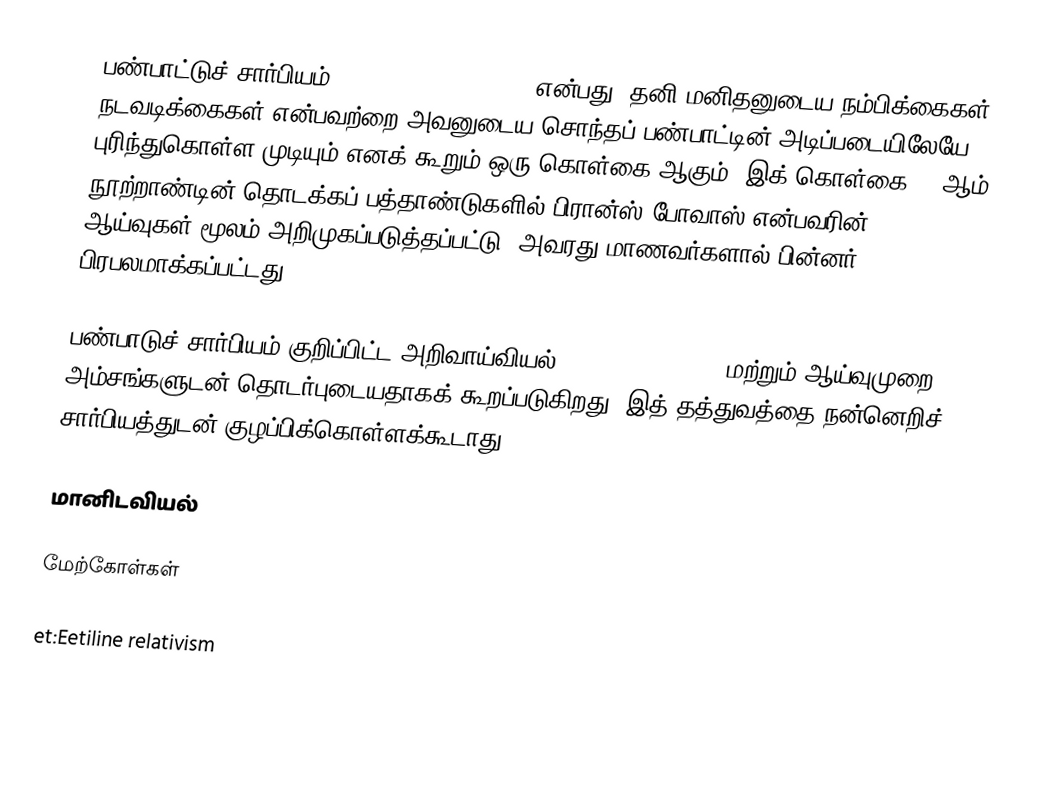
பண்பாட்டுச் சார்பியம் (Cultural relativism) என்பது, தனி மனிதனுடைய நம்பிக்கைகள், நடவடிக்கைகள் என்பவற்றை அவனுடைய சொந்தப் பண்பாட்டின் அடிப்படையிலேயே புரிந்துகொள்ள முடியும் எனக் கூறும் ஒரு கொள்கை ஆகும். இக் கொள்கை 20 ஆம் நூற்றாண்டின் தொடக்கப் பத்தாண்டுகளில் பிரான்ஸ் போவாஸ் என்பவரின் ஆய்வுகள் மூலம் அறிமுகப்படுத்தப்பட்டு, அவரது மாணவர்களால் பின்னர் பிரபலமாக்கப்பட்டது.

பண்பாடுச் சார்பியம் குறிப்பிட்ட அறிவாய்வியல் (epistemological) மற்றும் ஆய்வுமுறை அம்சங்களுடன் தொடர்புடையதாகக் கூறப்படுகிறது. இத் தத்துவத்தை நன்னெறிச் சார்பியத்துடன் குழப்பிக்கொள்ளக்கூடாது.

மானிடவியல்

மேற்கோள்கள்

et:Eetiline relativism